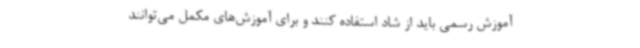
آموزش رسمی باید از شاد استفاده کنند و برای آموزش‌های مکمل می‌توانند